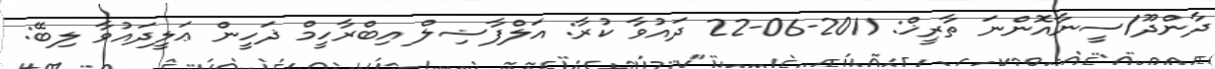
ދާންދޫ/ސީނާއޮންނަ ތާރީޚް: 2011-06-22 ދައުވާ ކުރާ: އަލްފާޟިލް އިބްރާހީމް ޛަހީން ޢަލީދައުވާ ލިބޭ: